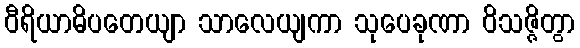
ဝီရိယာဓိပတေယျာ သာလေယျကာ သုပေခုဏာ ဝိသဇ္ဇိတွာ